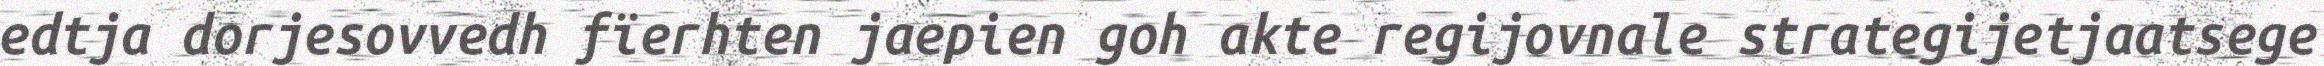
edtja dorjesovvedh fïerhten jaepien goh akte regijovnale strategijetjaatsege